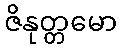
ဇိနုတ္တမော